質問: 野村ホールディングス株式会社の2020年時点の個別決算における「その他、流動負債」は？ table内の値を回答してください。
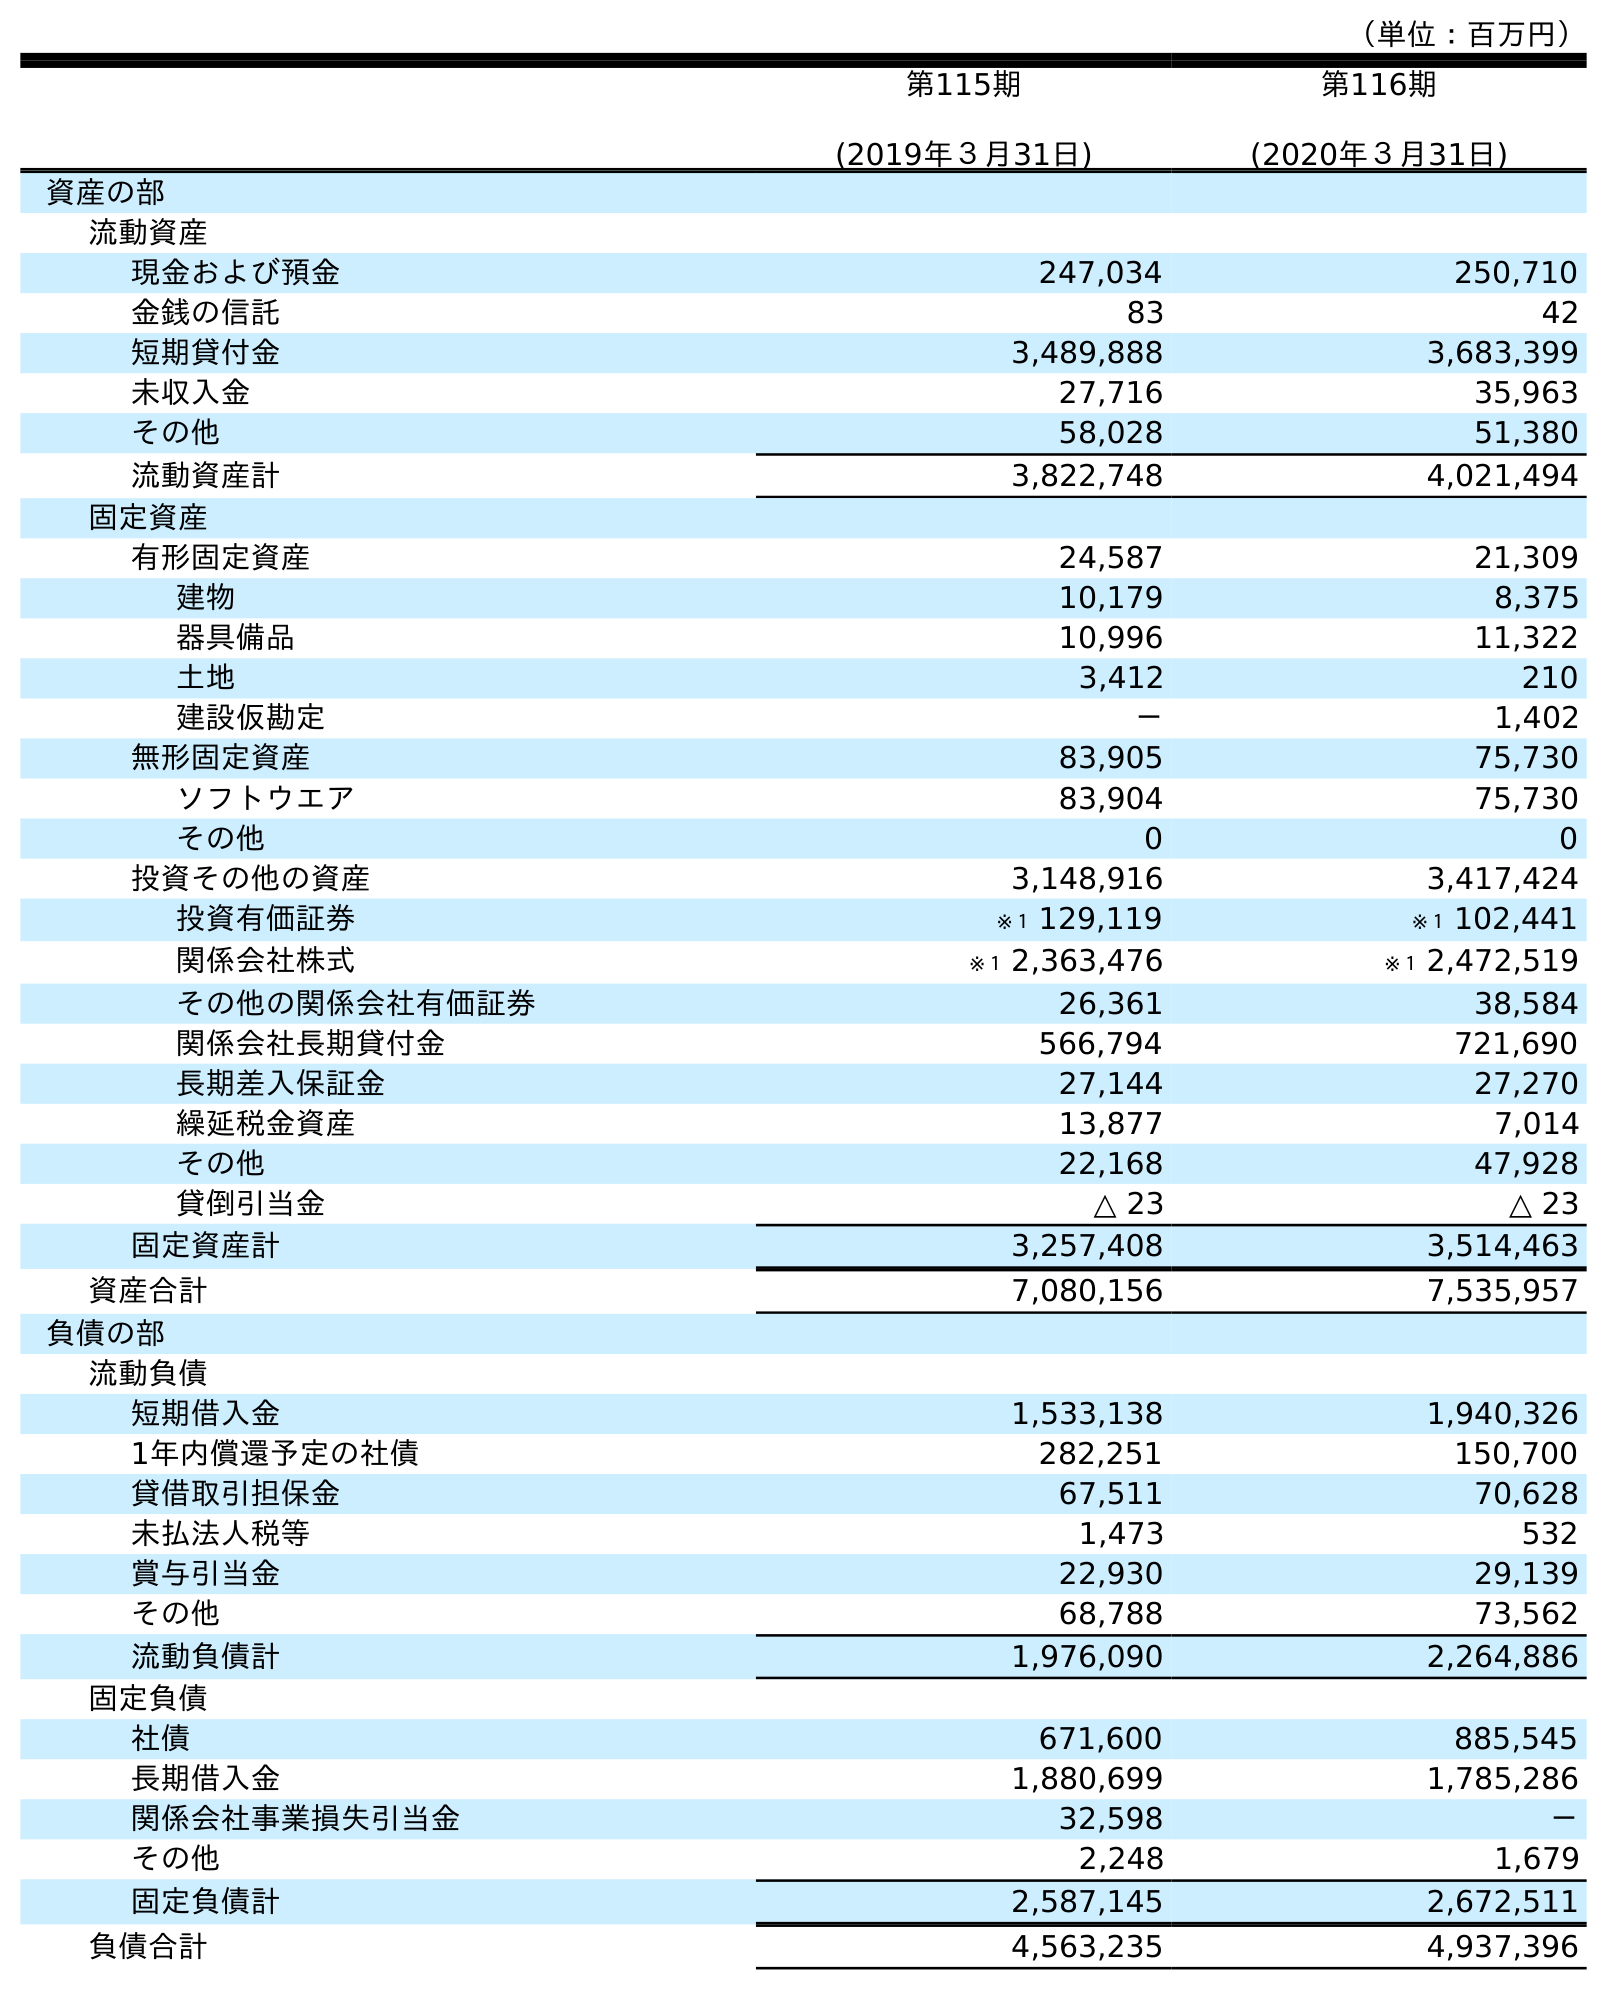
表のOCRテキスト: （単位：百万円） 第115期 (2019年３月31日) 第116期 (2020年３月31日) 資産の部 流動資産 現金および預金 247,034 250,710 金銭の信託 83 42 短期貸付金 3,489,888 3,683,399 未収入金 27,716 35,963 その他 58,028 51,380 流動資産計 3,822,748 4,021,494 固定資産 有形固定資産 24,587 21,309 建物 10,179 8,375 器具備品 10,996 11,322 土地 3,412 210 建設仮勘定 － 1,402 無形固定資産 83,905 75,730 ソフトウエア 83,904 75,730 その他 0 0 投資その他の資産 3,148,916 3,417,424 投資有価証券 ※１ 129,119 ※１ 102,441 関係会社株式 ※１ 2,363,476 ※１ 2,472,519 その他の関係会社有価証券 26,361 38,584 関係会社長期貸付金 566,794 721,690 長期差入保証金 27,144 27,270 繰延税金資産 13,877 7,014 その他 22,168 47,928 貸倒引当金 △ 23 △ 23 固定資産計 3,257,408 3,514,463 資産合計 7,080,156 7,535,957 負債の部 流動負債 短期借入金 1,533,138 1,940,326 1年内償還予定の社債 282,251 150,700 貸借取引担保金 67,511 70,628 未払法人税等 1,473 532 賞与引当金 22,930 29,139 その他 68,788 73,562 流動負債計 1,976,090 2,264,886 固定負債 社債 671,600 885,545 長期借入金 1,880,699 1,785,286 関係会社事業損失引当金 32,598 － その他 2,248 1,679 固定負債計 2,587,145 2,672,511 負債合計 4,563,235 4,937,396
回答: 73,562